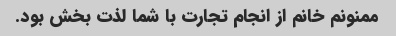
ممنونم خانم از انجام تجارت با شما لذت بخش بود.